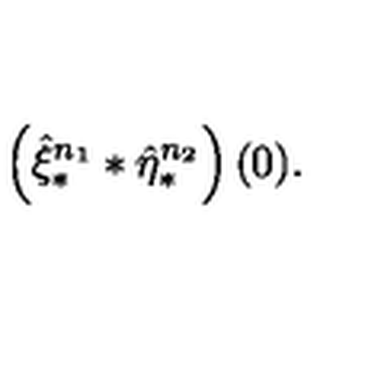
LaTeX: \left( \hat { \xi } _ { \ast } ^ { n _ { 1 } } \ast \hat { \eta } _ { \ast } ^ { n _ { 2 } } \right) ( 0 ) .